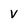
Character: V